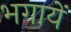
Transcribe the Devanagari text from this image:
भगायें